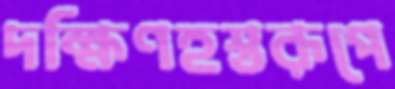
দক্ষিণহস্তরূপে